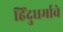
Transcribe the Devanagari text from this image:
हिंदुधर्माचे